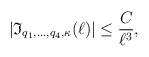
LaTeX: \begin{align*}|\mathfrak{I}_{q_1,\ldots, q_4, \kappa}(\ell)|\leq \frac{C}{\ell^ {3}},\end{align*}